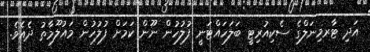
އަދި ޓާރމިނަލްގެ ސެކިއުރިޓީ ބަލަހައްޓަނީ ފުލުހުން ނޫން ކަމަށް ފުލުހުން މައުލޫމާތު ދެއެވެ.